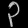
Digit: ၃